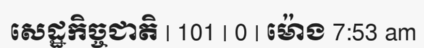
សេដ្ឋកិច្ចជាតិ | 101 | 0 | ម៉ោង 7:53 am